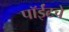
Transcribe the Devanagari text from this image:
पॉईंटचे